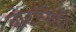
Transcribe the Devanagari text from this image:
बोटांपैकी